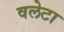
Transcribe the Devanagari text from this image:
वलेटा